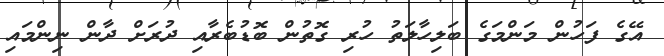
އޭގެ ފަހުން މަންމަގެ ބަލިހާލަތު ހުރި ގޮތުން ބޮޑުބެރާއި ދުރަށް ދާން ނިންމައި